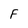
Character: F